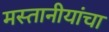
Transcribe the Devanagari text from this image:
मस्तानीयांचा